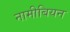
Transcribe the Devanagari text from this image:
नामीबियन